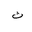
Letter: _tha